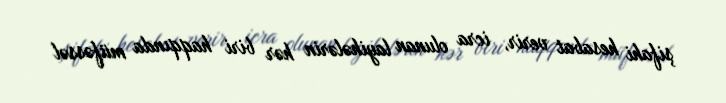
şifahi hesabat verir, icra olunan layihələrin hər biri haqqında müfəssəl